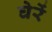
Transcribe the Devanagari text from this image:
घेरें